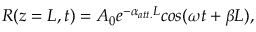
R ( z = L , t ) = A _ { 0 } e ^ { - \alpha _ { a t t . } L } c o s ( \omega t + \beta L ) ,